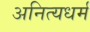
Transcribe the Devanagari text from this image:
अनित्यधर्म